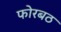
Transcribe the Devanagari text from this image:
फोरबठ